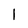
Character: l